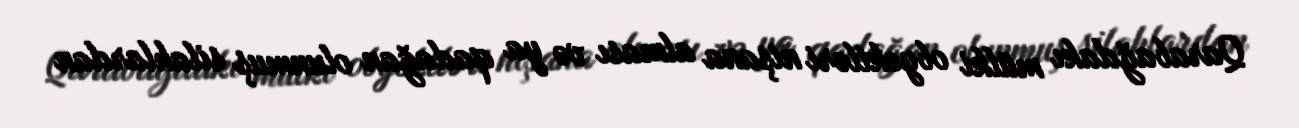
Qarabağdakı mülki obyektləri nişana alması və ya qadağan olunmuş silahlardan